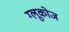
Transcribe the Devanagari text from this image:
ग्‍लूकोज